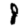
Digit: 8